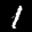
Label: 1